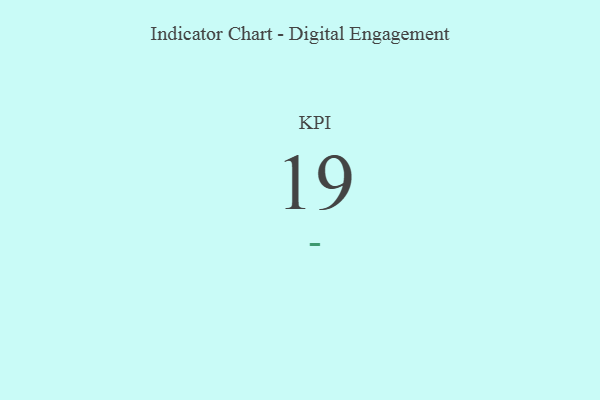
{"axis": {"x": "KPI", "y": "Value"}, "legend": [""], "data": [{"x": "KPI", "y": 19, "type": ""}]}